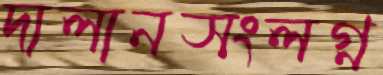
দালানসংলগ্ন